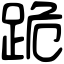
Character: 跪